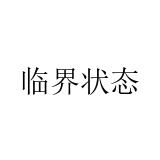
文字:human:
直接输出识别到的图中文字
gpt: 临界状态